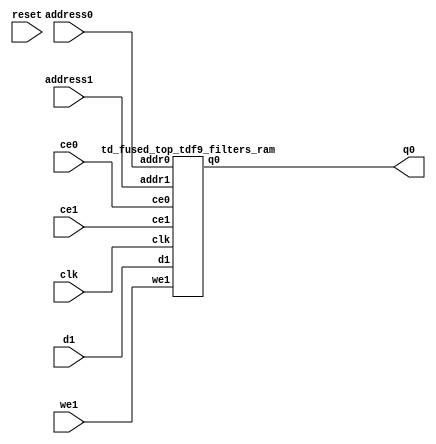
`define EXPONENT 5
`define MANTISSA 10
`define ACTUAL_MANTISSA 11
`define EXPONENT_LSB 10
`define EXPONENT_MSB 14
`define MANTISSA_LSB 0
`define MANTISSA_MSB 9
`define MANTISSA_MUL_SPLIT_LSB 3
`define MANTISSA_MUL_SPLIT_MSB 9
`define SIGN 1
`define SIGN_LOC 15
`define DWIDTH (`SIGN+`EXPONENT+`MANTISSA)
`define IEEE_COMPLIANCE 1

module td_fused_top_tdf9_filters(
    reset,
    clk,
    address0,
    ce0,
    q0,
    address1,
    ce1,
    we1,
    d1);

parameter DataWidth = 32'd16;
parameter AddressRange = 32'd16384;
parameter AddressWidth = 32'd14;
input reset;
input clk;
input[AddressWidth - 1:0] address0;
input ce0;
output[DataWidth - 1:0] q0;
input[AddressWidth - 1:0] address1;
input ce1;
input we1;
input[DataWidth - 1:0] d1;



td_fused_top_tdf9_filters_ram td_fused_top_tdf9_filters_ram_U(
    .clk( clk ),
    .addr0( address0 ),
    .ce0( ce0 ),
    .q0( q0 ),
    .addr1( address1 ),
    .ce1( ce1 ),
    .we1( we1 ),
    .d1( d1 )
);

endmodule
module td_fused_top_tdf9_filters_ram (addr0, ce0, q0, addr1, ce1, d1, we1,  clk);

parameter DWIDTH = 16;
parameter AWIDTH = 14;
parameter MEM_SIZE = 16384;

input[AWIDTH-1:0] addr0;
input ce0;
output wire[DWIDTH-1:0] q0;
input[AWIDTH-1:0] addr1;
input ce1;
input[DWIDTH-1:0] d1;
input we1;
input clk;

 reg [DWIDTH-1:0] ram[MEM_SIZE-1:0];
wire [AWIDTH-1:0] addr0_t0; 
reg [AWIDTH-1:0] addr0_t1; 
reg [DWIDTH-1:0] q0_t0;
reg [DWIDTH-1:0] q0_t1;
wire [AWIDTH-1:0] addr1_t0; 
reg [AWIDTH-1:0] addr1_t1; 
wire [DWIDTH-1:0] d1_t0; 
wire we1_t0; 
reg [DWIDTH-1:0] d1_t1; 
reg we1_t1; 


assign addr0_t0 = addr0;
assign q0 = q0_t1;
assign addr1_t0 = addr1;
assign d1_t0 = d1;
assign we1_t0 = we1;

always @(posedge clk)  
begin
    if (ce0) 
    begin
        addr0_t1 <= addr0_t0; 
        q0_t1 <= q0_t0;
    end
    if (ce1) 
    begin
        addr1_t1 <= addr1_t0; 
        d1_t1 <= d1_t0;
        we1_t1 <= we1_t0;
    end
end


always @(posedge clk)  
begin 
    if (ce0) begin
        q0_t0 <= ram[addr0_t1];
    end
end


always @(posedge clk)  
begin 
    if (ce1) begin
        if (we1_t1) 
            ram[addr1_t1] <= d1_t1; 
    end
end


endmodule